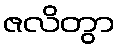
ဇလိတွာ